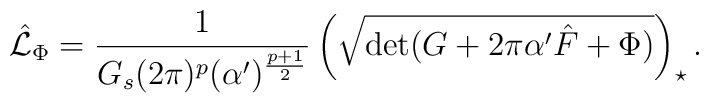
\hat{\cal L}_\Phi=\frac{1}{G_s(2\pi )^p(\alpha^\prime )^{\frac{p+1}{2}}}\left(\sqrt{\mbox{det}(G+2\pi\alpha^\prime \hat{F}+\Phi )}\right)_{\star}.